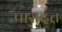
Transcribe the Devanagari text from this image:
पासदत्त